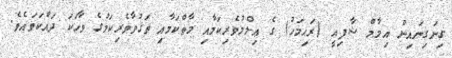
ގިނަގިނައިން އިމާމް ޝާފިޢީ (ރަޙިމަހު) ގެ ޢިލްމުވެރިކަމާއި މާތްކަމާއި ތަޤުވާވެރިކަމުގެ ވާހަކަ ދައްކަވައެވެ.